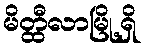
မိတ္ထီလာမြို့ရှိ